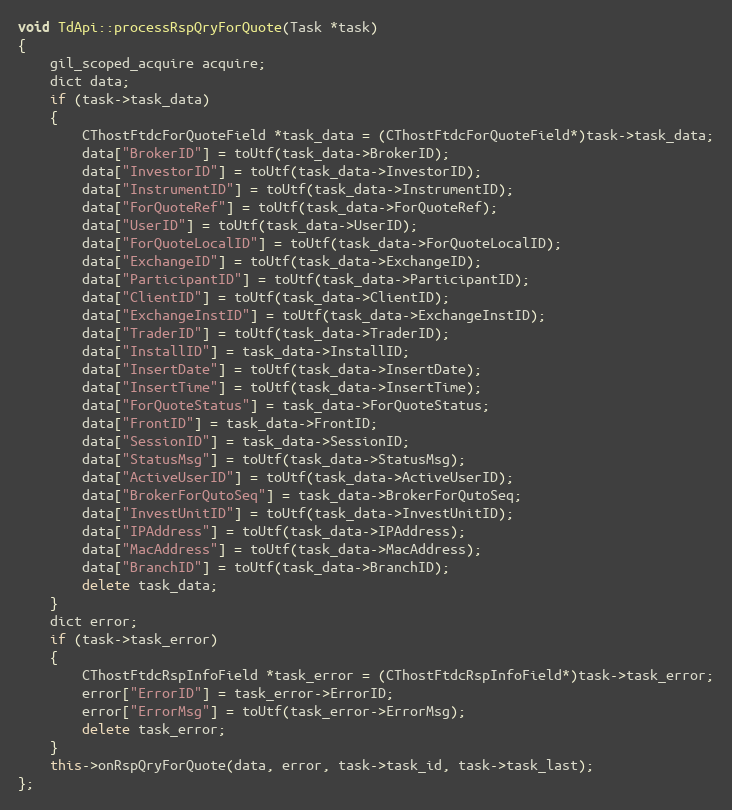
Language: C++
void TdApi::processRspQryForQuote(Task *task)
{
	gil_scoped_acquire acquire;
	dict data;
	if (task->task_data)
	{
		CThostFtdcForQuoteField *task_data = (CThostFtdcForQuoteField*)task->task_data;
		data["BrokerID"] = toUtf(task_data->BrokerID);
		data["InvestorID"] = toUtf(task_data->InvestorID);
		data["InstrumentID"] = toUtf(task_data->InstrumentID);
		data["ForQuoteRef"] = toUtf(task_data->ForQuoteRef);
		data["UserID"] = toUtf(task_data->UserID);
		data["ForQuoteLocalID"] = toUtf(task_data->ForQuoteLocalID);
		data["ExchangeID"] = toUtf(task_data->ExchangeID);
		data["ParticipantID"] = toUtf(task_data->ParticipantID);
		data["ClientID"] = toUtf(task_data->ClientID);
		data["ExchangeInstID"] = toUtf(task_data->ExchangeInstID);
		data["TraderID"] = toUtf(task_data->TraderID);
		data["InstallID"] = task_data->InstallID;
		data["InsertDate"] = toUtf(task_data->InsertDate);
		data["InsertTime"] = toUtf(task_data->InsertTime);
		data["ForQuoteStatus"] = task_data->ForQuoteStatus;
		data["FrontID"] = task_data->FrontID;
		data["SessionID"] = task_data->SessionID;
		data["StatusMsg"] = toUtf(task_data->StatusMsg);
		data["ActiveUserID"] = toUtf(task_data->ActiveUserID);
		data["BrokerForQutoSeq"] = task_data->BrokerForQutoSeq;
		data["InvestUnitID"] = toUtf(task_data->InvestUnitID);
		data["IPAddress"] = toUtf(task_data->IPAddress);
		data["MacAddress"] = toUtf(task_data->MacAddress);
		data["BranchID"] = toUtf(task_data->BranchID);
		delete task_data;
	}
	dict error;
	if (task->task_error)
	{
		CThostFtdcRspInfoField *task_error = (CThostFtdcRspInfoField*)task->task_error;
		error["ErrorID"] = task_error->ErrorID;
		error["ErrorMsg"] = toUtf(task_error->ErrorMsg);
		delete task_error;
	}
	this->onRspQryForQuote(data, error, task->task_id, task->task_last);
};